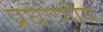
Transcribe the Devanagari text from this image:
प्रघाणीय